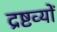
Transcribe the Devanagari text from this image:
द्रष्टव्यों